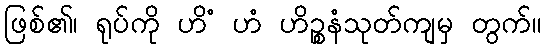
ဖြစ်၏၊ ရုပ်ကို ဟိံ ဟံ ဟိဉ္စနံသုတ်ကျမှ တွက်။